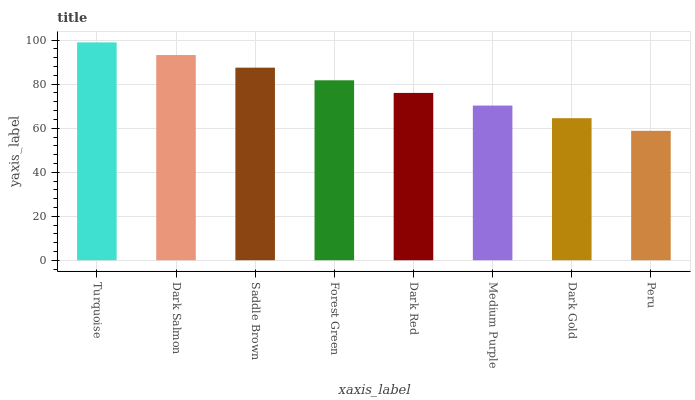
| xaxis_label | bars |
 | --- | --- |
 | Turquoise | 99 |
 | Dark Salmon | 93.3 |
 | Saddle Brown | 87.5 |
 | Forest Green | 81.8 |
 | Dark Red | 76 |
 | Medium Purple | 70.3 |
 | Dark Gold | 64.6 |
 | Peru | 58.8 |